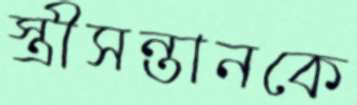
স্ত্রীসন্তানকে